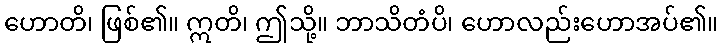
ဟောတိ၊ ဖြစ်၏။ ဣတိ၊ ဤသို့။ ဘာသိတံပိ၊ ဟောလည်းဟောအပ်၏။